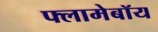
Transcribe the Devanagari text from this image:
फ्लामेबॉय